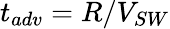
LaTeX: t_{adv}=R/V_{SW}